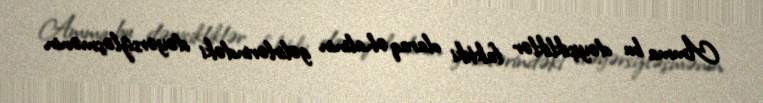
Amma bu dəyişikliklər faktiki olaraq əhalinin gəlirlərindəki dəyərsizləşmənin